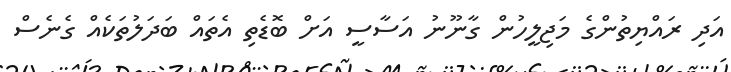
އަދި ރައްޔިތުންގެ މަޖިލީހުން ގާނޫނު އަސާސީ އަށް ބޮޑެތި އެތައް ބަދަލުތަކެއް ގެނެސް